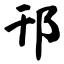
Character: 邗